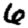
Digit: 6